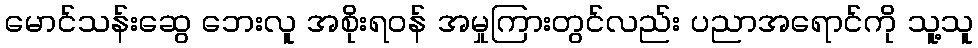
မောင်သန်းဆွေ ဘေးလူ အစိုးရဝန် အမှုကြားတွင်လည်း ပညာအရောင်ကို သူ့သူ